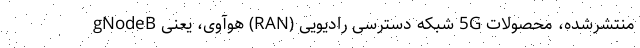
منتشرشده، محصولات 5G شبکه دسترسی رادیویی (RAN) هوآوی، یعنی gNodeB